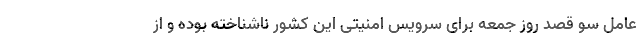
عامل سو قصد روز جمعه برای سرویس امنیتی این کشور ناشناخته بوده و از